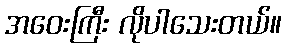
အဝေးကြီး လိုပါသေးတယ်။